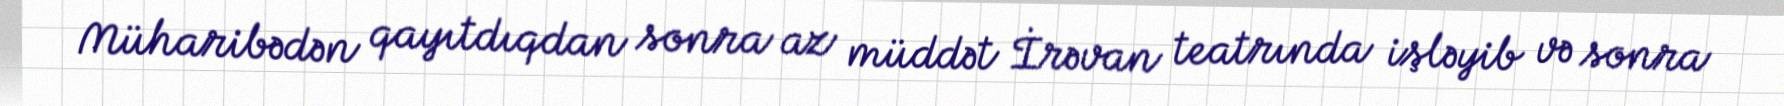
Müharibədən qayıtdıqdan sonra az müddət İrəvan teatrında işləyib və sonra